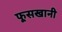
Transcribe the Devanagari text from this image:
फूसखानी